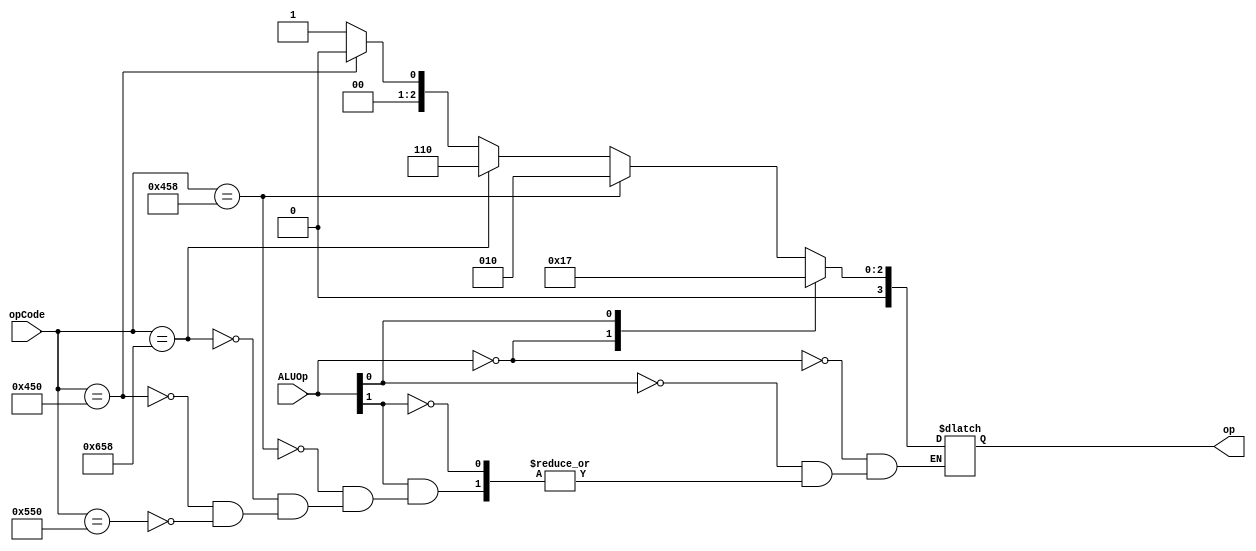
module alu_control(ALUOp, opCode, op);

input [1:0] ALUOp;
input [10:0] opCode;
output reg [3:0] op;

// figure 4.13 , page 273

always @(ALUOp,opCode)
begin
    casex(ALUOp)
	2'b00: op <= 4'b0010;
	2'bx1: op <= 4'b0111;
	2'b1x:
	begin
            if(opCode == 11'b10001011000)
                op <= 4'b0010;
            else if(opCode == 11'b11001011000)
                op <= 4'b0110;
            else if(opCode == 11'b10001010000)
                op <= 4'b0000;
            else if(opCode == 11'b10101010000)
                op <= 4'b0001;
        end
    endcase
end

endmodule